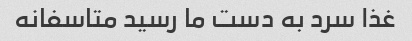
غذا سرد به دست ما رسید متاسفانه